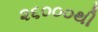
૨૬૦૦૦થી